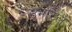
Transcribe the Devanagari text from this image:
उभारेल